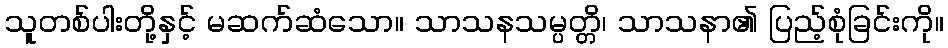
သူတစ်ပါးတို့နှင့် မဆက်ဆံသော။ သာသနသမ္ပတ္တိ၊ သာသနာ၏ ပြည့်စုံခြင်းကို။